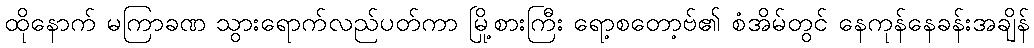
ထိုနောက် မကြာခဏ သွားရောက်လည်ပတ်ကာ မြို့စားကြီး ရော့စတော့ဗ်၏ စံအိမ်တွင် နေကုန်နေခန်းအချိန်